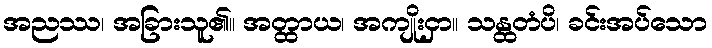
အညဿ၊ အခြားသူ၏။ အတ္ထာယ၊ အကျိုးငှာ။ သန္ထတံပိ၊ ခင်းအပ်သော